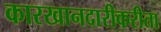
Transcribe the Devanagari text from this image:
कारखानदारीकरीता